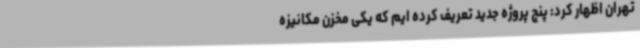
تهران اظهار کرد: پنج پروژه جدید تعریف کرده ایم که یکی مخزن مکانیزه